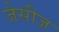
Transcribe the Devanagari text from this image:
जेसीज़